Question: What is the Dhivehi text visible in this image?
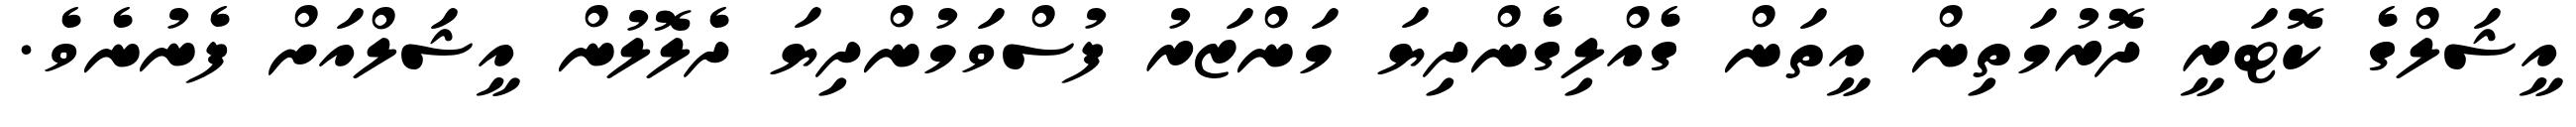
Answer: އީޝަލްގެ ކޮޓަރީ ދޮރުމަތިން އީތަން ގެއްލިގެންދިޔަ މަންޒަރު ފުސްވަމުންދިޔަ ދެލޮލުން އީޝަލްއަށް ފެނުނެވެ.